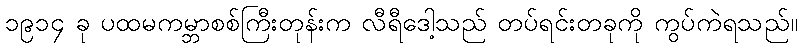
၁၉၁၄ ခု ပထမကမ္ဘာစစ်ကြီးတုန်းက လီရီဒေါ့သည် တပ်ရင်းတခုကို ကွပ်ကဲရသည်။